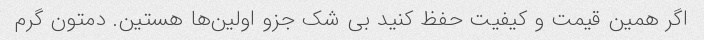
اگر همین قیمت و کیفیت حفظ کنید بی شک جزو اولین‌ها هستین. دمتون گرم